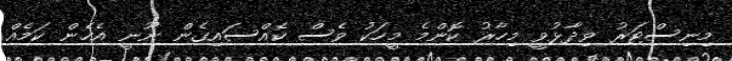
މިނިސްޓަރު ވިދާޅުވީ މިހާރު ކޮންމެ މީހަކު ވެސް ކެއްސައިގެން ނޫނީ އެހެން ކަމެއް